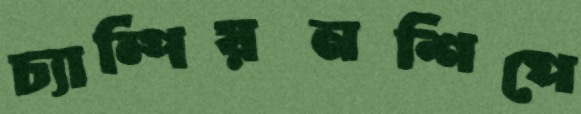
চ্যাম্পিয়নশিপে